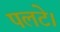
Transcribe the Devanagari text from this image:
पलटे।